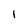
Character: I